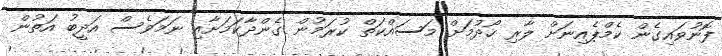
ފޮނުވައިގެން ކެމްޕެއިނަށް ލާރި ހޯދުމަށް މަސައްކަތް ކުރަމުން ގެންދާކަމަށާއި ނަމަވެސް އަދީބު އަތުން